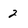
Character: 2